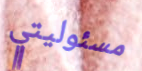
مسئوليتي